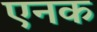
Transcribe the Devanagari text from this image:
एनक